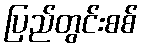
ပြည်တွင်းစစ်